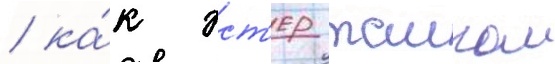
/ ка́к эст'ер таиком